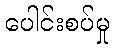
ပေါင်းစပ်မှု